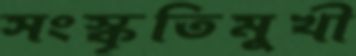
সংস্কৃতিমুখী